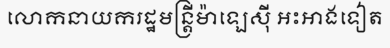
លោកនាយករដ្ឋមន្ត្រីម៉ាឡេស៊ី អះអាងទៀត